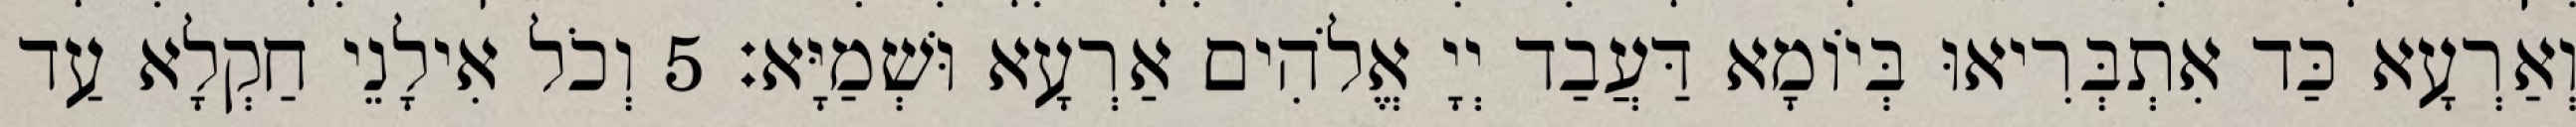
וְאַרְעָא כַּד אִתְבְּרִיאוּ בְּיוֹמָא דַּעֲבַד יְיָ אֱלֹהִים אַרְעָא וּשְׁמַיָּא׃ 5 וְכֹל אִילָנֵי חַקְלָא עַד